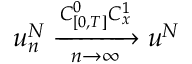
u _ { n } ^ { N } \xrightarrow [ n \rightarrow \infty ] { C _ { [ 0 , T ] } ^ { 0 } C _ { x } ^ { 1 } } u ^ { N }